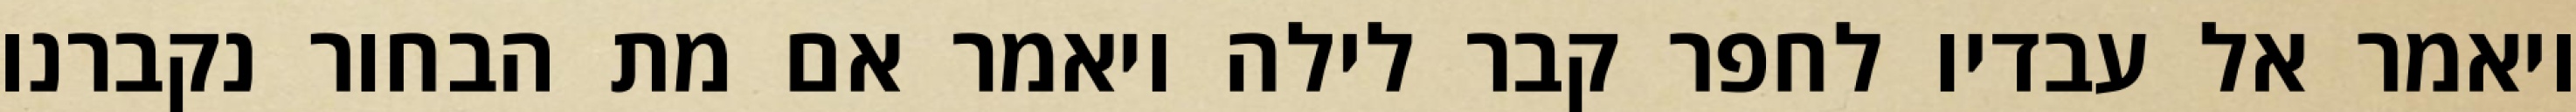
ויאמר אל עבדיו לחפר קבר לילה ויאמר אם מת הבחור נקברנו